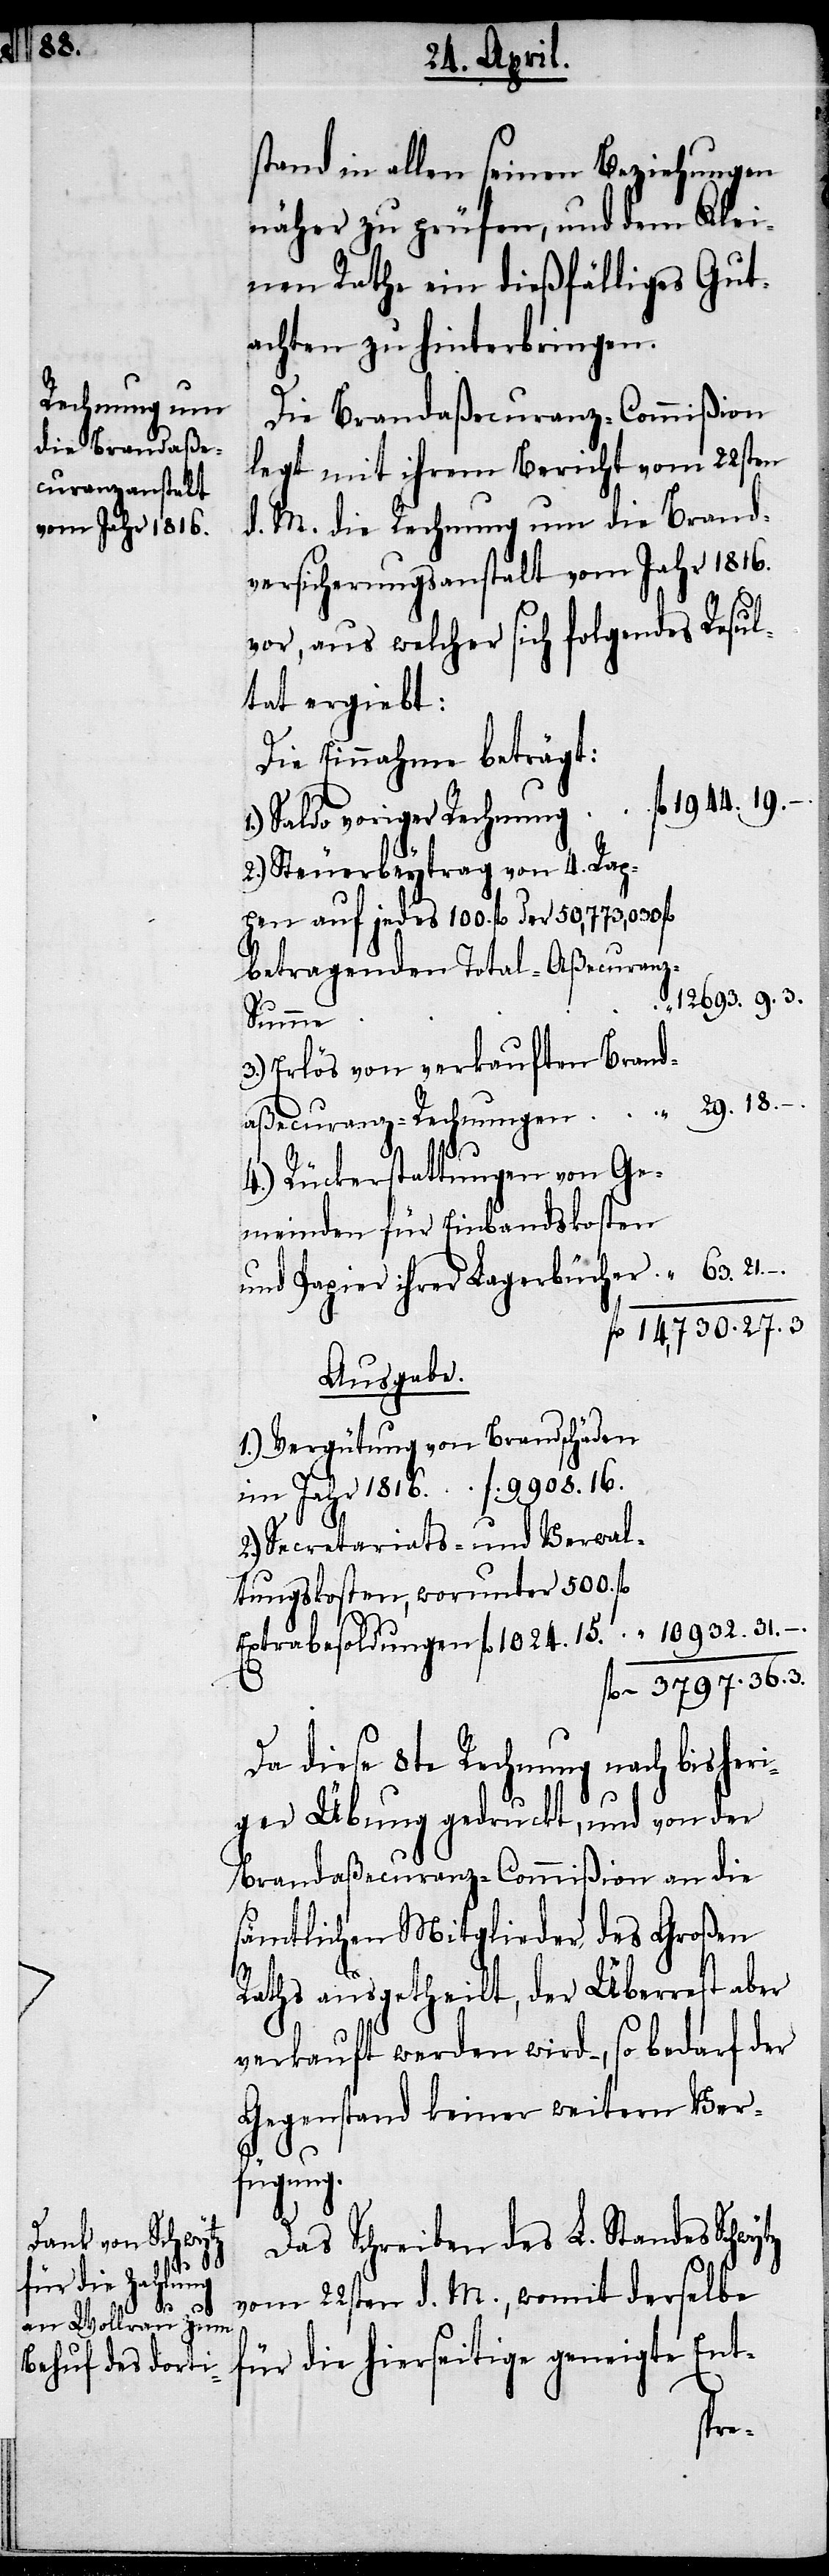
63.
fl.

stand in allen seinen Beziehungen
näher zu prüfen, und dem Klei¬
nen Rathe ein dießfälliges Gut¬
achten zu hinterbringen.
Die Brandaßecuranz-Commißion
legt mit ihrem Bericht vom 22sten
d. M. die Rechnung um die Brand¬
versicherungsanstalt vom Jahr 1816.
vor, aus welcher sich folgendes Resul¬
tat ergiebt:
Die Einnahme beträgt:
Saldo voriger Rechnung
Steuerbeytrag von 4. Rap¬
pen auf jedes 100. fl. der 50,773,030 fl.
betragenden Total-Aßecuranz-S¬
umme
Erlös von verkauften Brand¬
aßecuranz-Rechnungen
3797.
3.
Rückerstattungen von Ge¬
meinden für Einbandskosten
und Papier ihrer Lagerbücher
Ausgabe.
1.) Vergütung von Brandschäden
im Jahr 1816.		fl. 9908. 16.
2.) Secretariats- und Verwal¬
tungskosten, worunter 500. fl.
Da diese 8te Rechnung nach bisheri¬
ger Übung gedruckt, und von der
Brandaßecuranz-Commißion an die
sämtlichen Mitglieder des Großen
Raths ausgetheilt, der Überrest aber
verkauft werden wird –, so bedarf der
Gegenstand keiner weitern Ver¬
fügung.
Das Schreiben des L. Standes Schwytz
vom 22sten d. M., womit derselbe
für die hierseitige geneigte Ent-